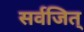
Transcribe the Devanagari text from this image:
सर्वजित्